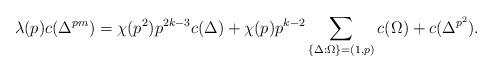
LaTeX: \begin{align*}\lambda(p)c(\Delta^{pm})&= \chi(p^2)p^{2k-3}c(\Delta)+\chi(p)p^{k-2}\sum_{\{\Delta:\Omega\}=(1,p)}c(\Omega)+c(\Delta^{p^2}).\end{align*}